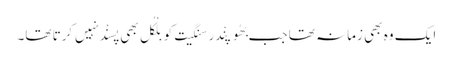
ایک وہ بھی زمانہ تھا جب بھُوپِنْدر سنگِیت کو بِلْکُل بھی پسنْد نہِیں کرتا تھا۔